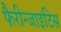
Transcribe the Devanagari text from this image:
फैरीन्जाइटिस